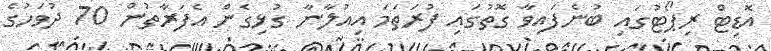
އޮޑިޓް ރިޕޯޓުގައި ބުނެފައިވާ ގޮތުގައި ފުރަތަމަ އިއުލާނާ ގުޅިގެން އެފަރާތުން 70 ދުވަހުގެ